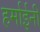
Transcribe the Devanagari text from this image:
हर्माईनी